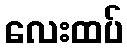
လေးထပ်